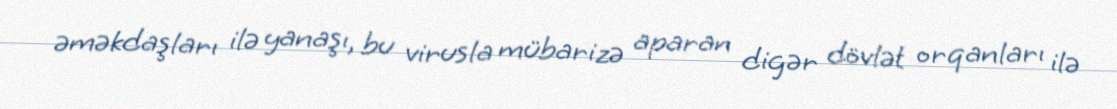
əməkdaşları ilə yanaşı, bu virusla mübarizə aparan digər dövlət orqanları ilə